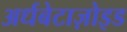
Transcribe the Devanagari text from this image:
अर्धबेटाज़ोइड